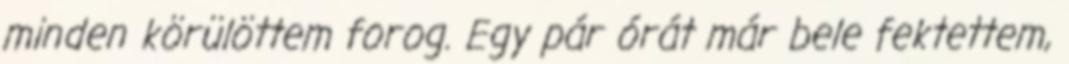
minden körülöttem forog. Egy pár órát már bele fektettem,